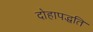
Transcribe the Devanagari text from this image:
दोहापद्धति